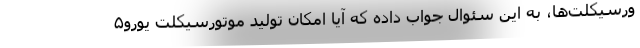
ورسیکلت‌ها، به این سئوال جواب داده که آیا امکان تولید موتورسیکلت یورو۵